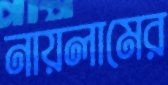
নায়লামের